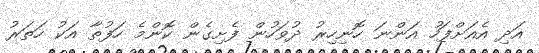
އަދި އެއަށްފަހު އަންނަ ހޮނިހިރު ދުވަހުން ފެށިގެން ކޮންމެ ހަފުތާ އަކު ހަތަރު